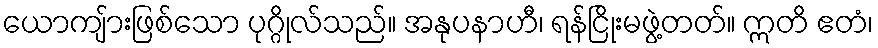
ယောကျ်ားဖြစ်သော ပုဂ္ဂိုလ်သည်။ အနုပနာဟီ၊ ရန်ငြိုးမဖွဲ့တတ်။ ဣတိ ဧတံ၊